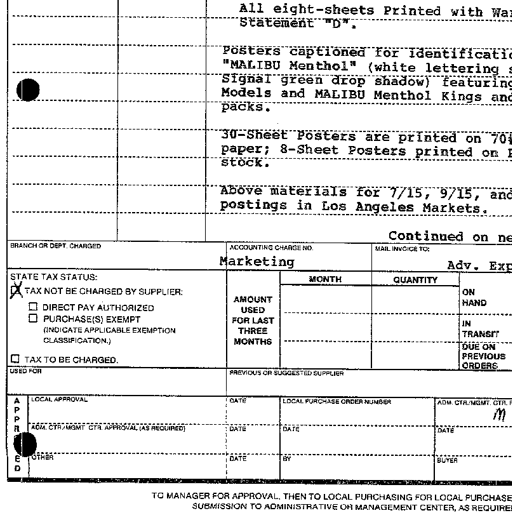
All eight-sheets Printed with Wa
Statement "D".
Posters captioned for Identificatio
"MALIBU Menthol" (white lettering
Signal green drop shadow) featuring
Models and MALIBU Menthol Kings and
packs.
30-Sheet Posters are printed on 70
paper; 8-Sheet Posters printed on
stock.
Above materials for 7/15, 9/15, and
postings in Los Angeles Markets.
Continued on ne
BRANCH OR DEPT. CHARGED
Marketing
ACCOUNTING CHARGE NO.
MAIL INVOICE TO:
Adv. Exp
STATE TAX STATUS:
TAX NOT BE CHARGED BY SUPPLIER:
DIRECT PAY AUTHORIZED
PURCHASE(S) EXEMPT
(INDICATE APPLICABLE EXEMPTION
CLASSIFICATION.)
TAX TO BE CHARGED.
AMOUNT
USED
FOR LAST
THREE
MONTHS
MONTH
QUANTITY
ON
HAND
IN
TRANSIT
DUE ON
PREVIOUS
ORDERS
USED FOR
PREVIOUS OR SUGGESTED SUPPLIER
APPROVED
LOCAL APPROVAL
DATE
LOCAL PURCHASE ORDER NUMBER
ADM. CTR./MGMT. CTR.
ADM. CTR./MGMT. CTR. APPROVAL (AS REQUIRED)
DATE
DATE
DATE
OTHER
DATE
BY
BUYER M
TO MANAGER FOR APPROVAL, THEN TO LOCAL PURCHASING FOR LOCAL PURCHASE
SUBMISSION TO ADMINISTRATIVE OR MANAGEMENT CENTER, AS REQUIRE